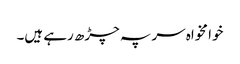
خوا مخواہ سر پہ چڑھ رہے ہیں۔